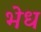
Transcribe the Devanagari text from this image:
भेध